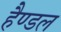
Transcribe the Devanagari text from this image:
हैण्डल